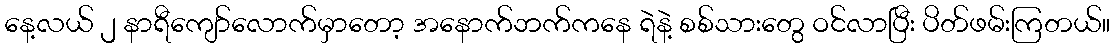
နေ့လယ် ၂ နာရီကျော်လောက်မှာတော့ အနောက်ဘက်ကနေ ရဲနဲ့ စစ်သားတွေ ဝင်လာပြီး ပိတ်ဖမ်းကြတယ်။